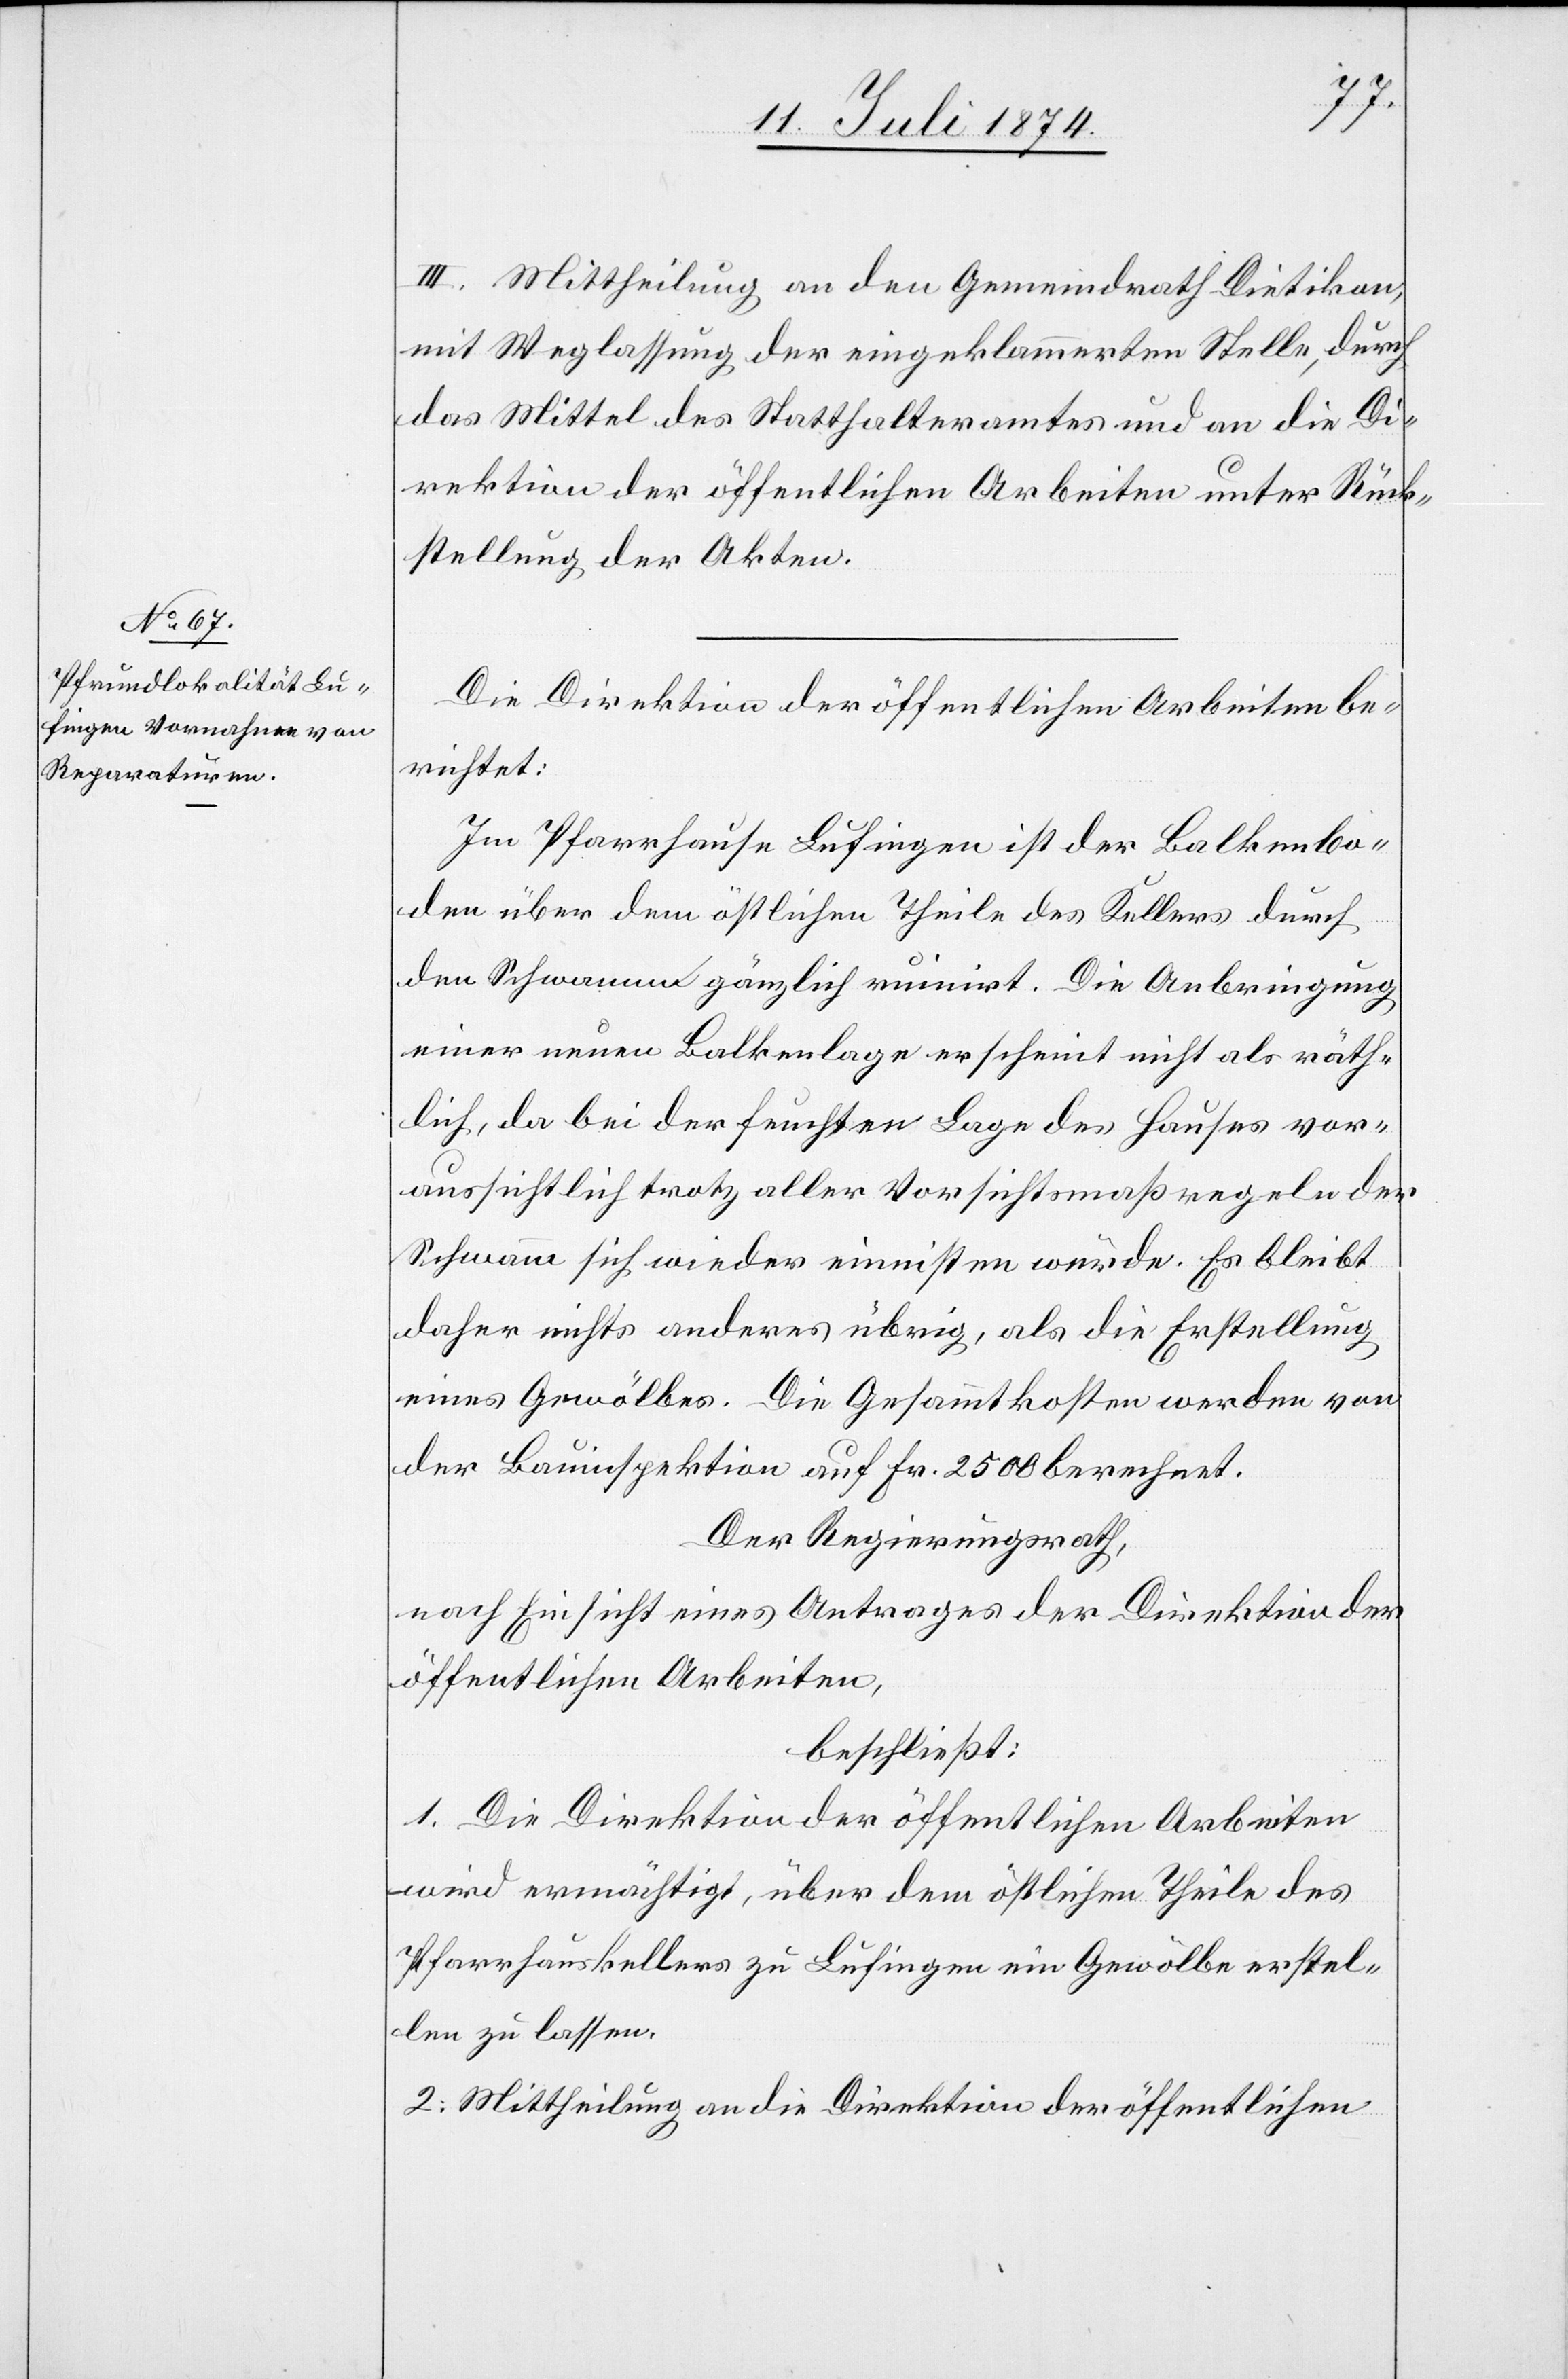
III. Mittheilung an den Gemeindrath Dietikon,
mit Weglassung der eingeklammerten Stelle, durch
das Mittel des Statthalteramtes und an die Di¬
rektion der öffentlichen Arbeiten unter Rück¬
stellung der Akten.
Die Direktion der öffentlichen Arbeiten be¬
richtet:
Im Pfarrhause Lufingen ist der Balkenbo¬
den über dem östlichen Theile des Kellers durch
den Schwamm gänzlich ruinirt. Die Anbringung
einer neuen Balkenlage erscheint nicht als räth¬
lich, da bei der feuchten Lage des Hauses vor¬
aussichtlich trotz aller Vorsichtsmaßregeln der
Schwamm sich wieder einnisten würde. Es bleibt
daher nichts anderes übrig, als die Erstellung
eines Gewölbes. Die Gesammtkosten werden von
der Bauinspektion auf Fr. 2500 berechnet.
Der Regierungsrath,
nach Einsicht eines Antrages der Direktion der
öffentlichen Arbeiten,
beschließt:
1. Die Direktion der öffentlichen Arbeiten
wird ermächtigt, über dem östlichen Theile des
Pfarrhauskellers zu Lufingen ein Gewölbe erstel¬
len zu lassen.
2. Mittheilung an die Direktion der öffentlichen